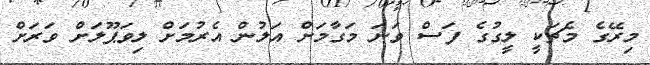
މިރޭގެ މެޗަކީ ލީގުގެ ފަސް ވަނަ މަގާމަށް އަލުން އެރުމަށް ލިވަޕޫލަށް ވަރަށް